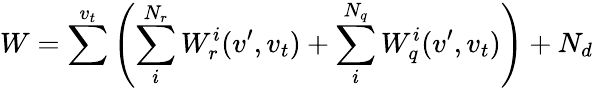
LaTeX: W=\sum^{v_{t}}\left(\sum_{i}^{N_{r}}W_{r}^{i}(v^{\prime},v_{t})+\sum_{i}^{N_{q}}W_{q}^{i}(v^{\prime},v_{t})\right)+N_{d}